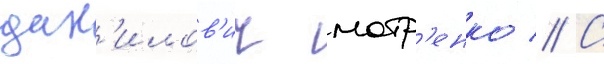
дан'илов'ич мотр'енко // С